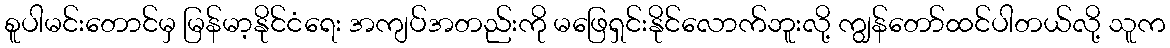
စူပါမင်းတောင်မှ မြန်မာ့နိုင်ငံရေး အကျပ်အတည်းကို မဖြေရှင်းနိုင်လောက်ဘူးလို့ ကျွန်တော်ထင်ပါတယ်လို့ သူက